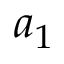
a _ { 1 }